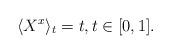
LaTeX: \begin{align*}\langle X^x\rangle_t =t,t\in[0,1].\end{align*}